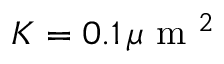
K = 0 . 1 \, \mu \mathrm { ~ m ~ } ^ { 2 }